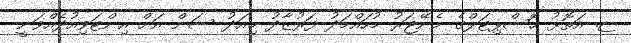
ޏ. އަތޮޅު ހޮސްޕިޓަލްގެ މެނޭޖަރު މުހައްމަދު ފަރުޒާދު މިއަދު ސަން އަށް އިންޓަވިއުދެއްވަނީ